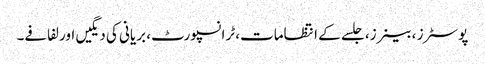
پوسٹرز ، بینرز، جلسے کے انتظامات، ٹرانسپورٹ، بریانی کی دیگیں اور لفافے۔